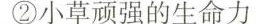
②小草顽强的生命力